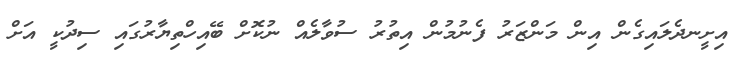
އިށީނދެލައިގެން އިން މަންޒަރު ފެނުމުން އިތުރު ސުވާލެއް ނުކޮށް ބޭއިހްތިޔާރުގައި ސިދުކީ އަށް